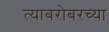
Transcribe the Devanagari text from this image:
त्याबरोबरच्या